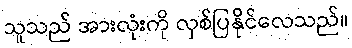
သူသည် အားလုံးကို လှစ်ပြနိုင်လေသည်။